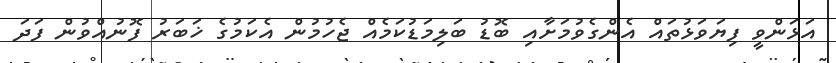
އަޅަންވީ ފިޔަވަޅުތައް އެންގެވުމަށާއި ބޮޑު ބަލިމަޑުކަމެއް ޖެހުމުން އެކަމުގެ ޚަބަރު ފޮނުއްވުން ފަދަ